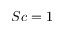
S c = 1